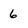
Character: 6